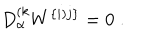
LaTeX: D _ { \alpha } ^ { ( k } W ^ { \{ i ) j \} } = 0 \; .